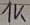
Text: 1K